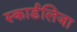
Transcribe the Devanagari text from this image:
स्कार्डलिजा